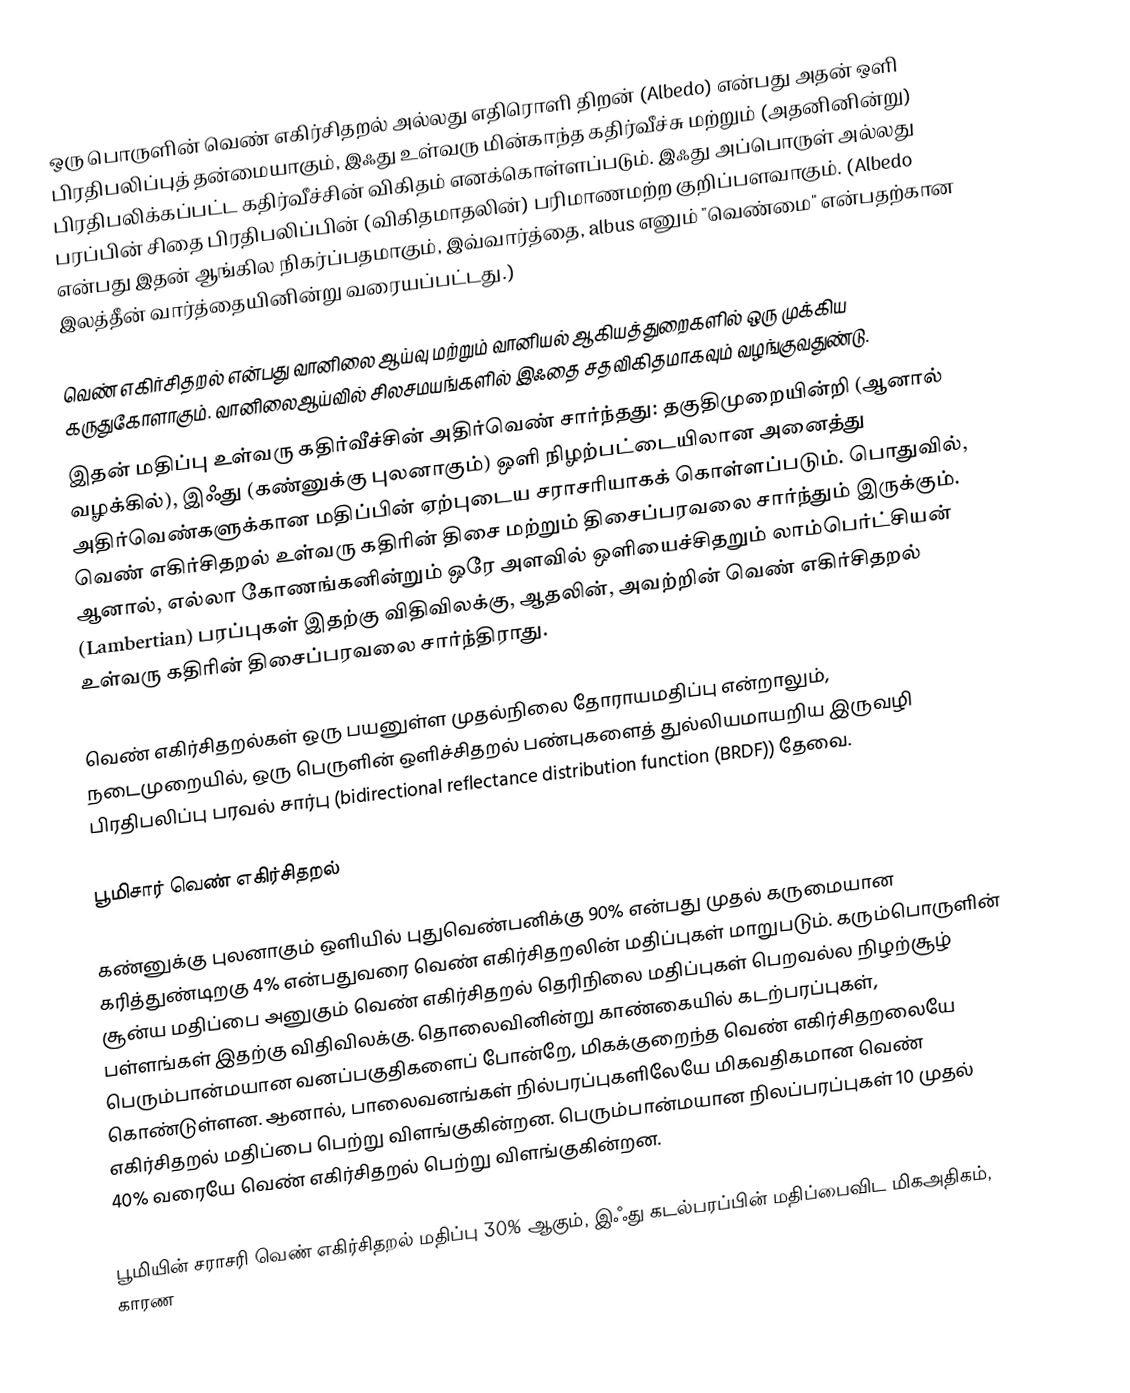
ஒரு பொருளின் வெண் எகிர்சிதறல் அல்லது எதிரொளி திறன் (Albedo) என்பது அதன் ஒளி பிரதிபலிப்புத் தன்மையாகும், இஃது உள்வரு மின்காந்த கதிர்வீச்சு மற்றும் (அதனினின்று) பிரதிபலிக்கப்பட்ட கதிர்வீச்சின் விகிதம் எனக்கொள்ளப்படும். இஃது அப்பொருள் அல்லது பரப்பின் சிதை பிரதிபலிப்பின் (விகிதமாதலின்) பரிமாணமற்ற குறிப்பளவாகும். (Albedo என்பது இதன் ஆங்கில நிகர்ப்பதமாகும், இவ்வார்த்தை, albus எனும் "வெண்மை" என்பதற்கான இலத்தீன் வார்த்தையினின்று வரையப்பட்டது.)

வெண் எகிர்சிதறல் என்பது வானிலை ஆய்வு மற்றும் வானியல் ஆகியத்துறைகளில் ஒரு முக்கிய கருதுகோளாகும். வானிலைஆய்வில் சிலசமயங்களில் இஃதை சதவிகிதமாகவும் வழங்குவதுண்டு.
இதன் மதிப்பு உள்வரு கதிர்வீச்சின் அதிர்வெண் சார்ந்தது: தகுதிமுறையின்றி (ஆனால் வழக்கில்), இஃது (கண்னுக்கு புலனாகும்) ஒளி நிழற்பட்டையிலான அனைத்து அதிர்வெண்களுக்கான மதிப்பின் ஏற்புடைய சராசரியாகக் கொள்ளப்படும். பொதுவில், வெண் எகிர்சிதறல் உள்வரு கதிரின் திசை மற்றும் திசைப்பரவலை சார்ந்தும் இருக்கும். ஆனால், எல்லா கோணங்கனின்றும் ஒரே அளவில் ஒளியைச்சிதறும் லாம்பெர்ட்சியன் (Lambertian) பரப்புகள் இதற்கு விதிவிலக்கு, ஆதலின், அவற்றின் வெண் எகிர்சிதறல் உள்வரு கதிரின் திசைப்பரவலை சார்ந்திராது.

வெண் எகிர்சிதறல்கள் ஒரு பயனுள்ள முதல்நிலை தோராயமதிப்பு என்றாலும், நடைமுறையில், ஒரு பெருளின் ஒளிச்சிதறல் பண்புகளைத் துல்லியமாயறிய இருவழி பிரதிபலிப்பு பரவல் சார்பு (bidirectional reflectance distribution function (BRDF)) தேவை.

பூமிசார் வெண் எகிர்சிதறல்

கண்னுக்கு புலனாகும் ஒளியில் புதுவெண்பனிக்கு 90% என்பது முதல் கருமையான கரித்துண்டிறகு 4% என்பதுவரை வெண் எகிர்சிதறலின் மதிப்புகள் மாறுபடும். கரும்பொருளின் சூன்ய மதிப்பை அனுகும் வெண் எகிர்சிதறல் தெரிநிலை மதிப்புகள் பெறவல்ல நிழற்சூழ் பள்ளங்கள் இதற்கு விதிவிலக்கு. தொலைவினின்று காண்கையில் கடற்பரப்புகள், பெரும்பான்மயான வனப்பகுதிகளைப் போன்றே, மிகக்குறைந்த வெண் எகிர்சிதறலையே கொண்டுள்ளன. ஆனால், பாலைவனங்கள் நில்பரப்புகளிலேயே மிகவதிகமான வெண் எகிர்சிதறல் மதிப்பை பெற்று விளங்குகின்றன. பெரும்பான்மயான நிலப்பரப்புகள் 10 முதல் 40% வரையே வெண் எகிர்சிதறல் பெற்று விளங்குகின்றன.

பூமியின் சராசரி வெண் எகிர்சிதறல் மதிப்பு 30% ஆகும், இஃது கடல்பரப்பின் மதிப்பைவிட மிகஅதிகம், காரண